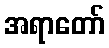
အရာတော်